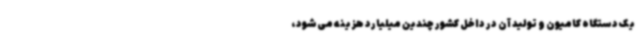
یک دستگاه کامیون و تولید آن در داخل کشور چندین میلیارد هزینه می‌شود،